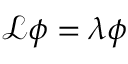
\mathcal { L } \phi = \lambda \phi